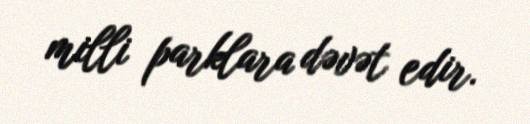
milli parklara dəvət edir.